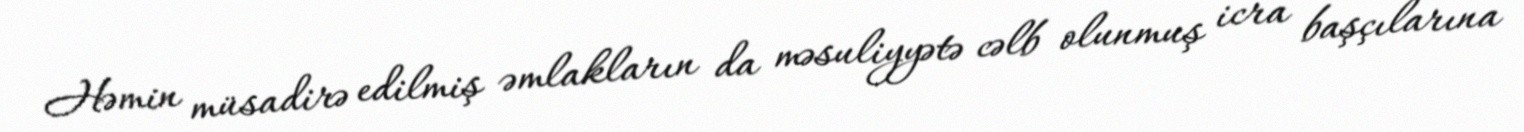
Həmin müsadirə edilmiş əmlakların da məsuliyyətə cəlb olunmuş icra başçılarına